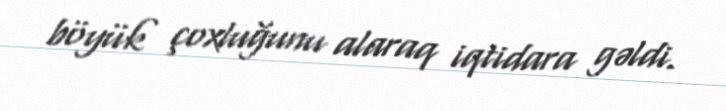
böyük çoxluğunu alaraq iqtidara gəldi.